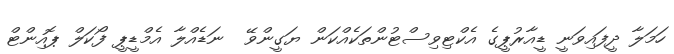
ހަމަލާ ދީފައިވަނީ ޑީއާރުޕީގެ އެކްޓިވިސްޓުންތަކެއްކަން ޔަގީންވޭ  ނަޑެއްލާ އެމްޑީޕީ ފޯކަލް ޕޮއިންޓް